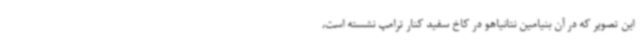
این تصویر که در آن بنیامین نتانیاهو در کاخ سفید کنار ترامپ نشسته است،